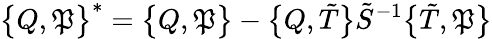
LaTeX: \bigl\{ Q,\mathfrak{P}\bigr\} ^{\ast}=\bigl\{ Q,\mathfrak{P}\bigr\} -\bigl\{ Q,\tilde{{T}}\bigr\} \tilde{{S}}^{-1}\bigl\{ \tilde{{T}},\mathfrak{P}\bigr\}